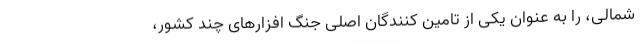
شمالی، را به عنوان یکی از تامین کنندگان اصلی جنگ افزارهای چند کشور،